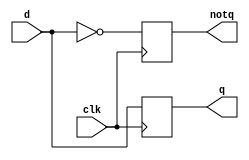
module DFilpFlop(
        output q,
        output notq,
        input d,
        input clk
    );
    reg q,notq;
    initial begin
        q = 0;
        notq = 1;
    end
    
    always @(posedge clk)begin
        q = d;
        notq = ~d;
    end
endmodule